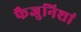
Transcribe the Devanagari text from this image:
फैजुनिशां